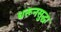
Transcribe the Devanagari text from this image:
धरूनसुद्धा